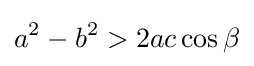
a^{2}-b^{2}>2ac\cos \beta